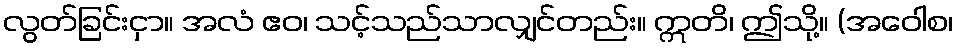
လွတ်ခြင်းငှာ။ အလံ ဧဝ၊ သင့်သည်သာလျှင်တည်း။ ဣတိ၊ ဤသို့။ (အဝေါစ၊